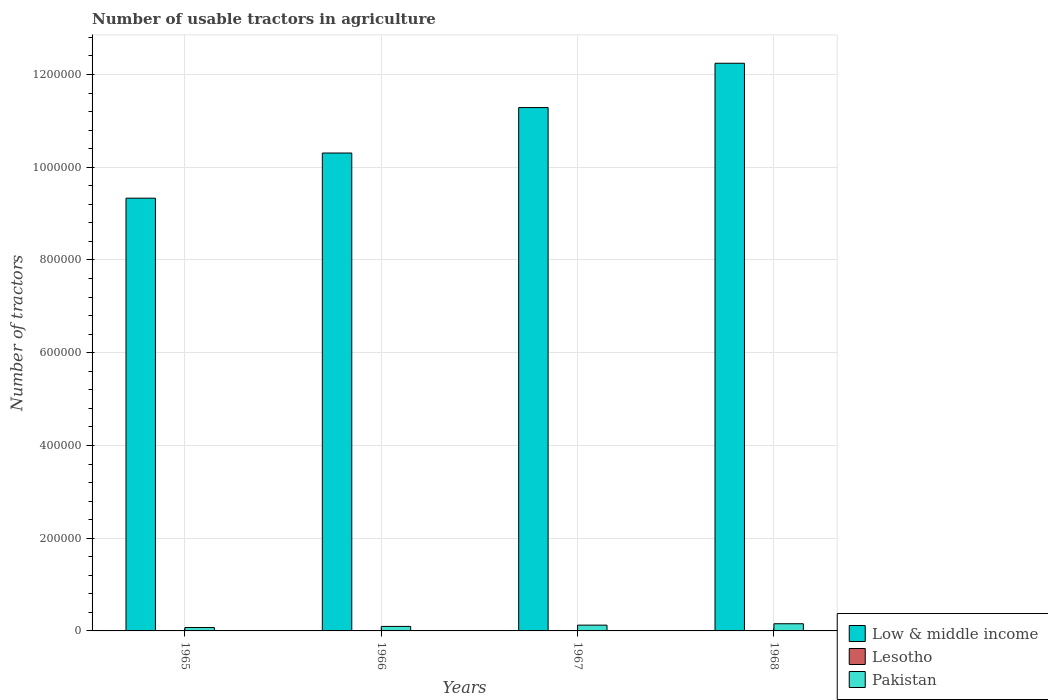
| Years | Low & middle income | Lesotho | Pakistan |
 | --- | --- | --- | --- |
 | 1965 | 9.33e+05 | 230 | 7.39e+03 |
 | 1966 | 1.03e+06 | 260 | 9.73e+03 |
 | 1967 | 1.13e+06 | 290 | 1.25e+04 |
 | 1968 | 1.22e+06 | 320 | 1.55e+04 |